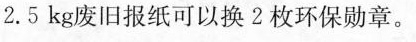
2.5kg废旧报纸可以换2枚环保勋章。